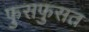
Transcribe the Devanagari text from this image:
फुसफुसत